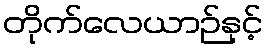
တိုက်လေယာဉ်နှင့်